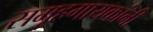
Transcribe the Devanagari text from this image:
समूहगायकांनी